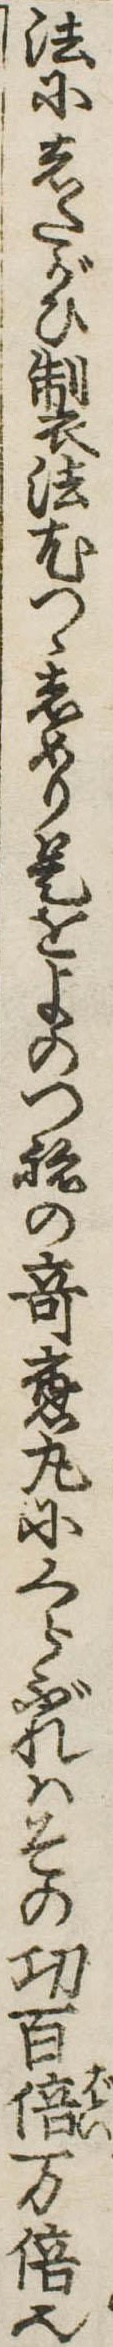
法にしたがひ製法尤つゝしめり是をよのつねの奇応丸にくらぶれはその功百倍万倍也